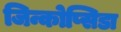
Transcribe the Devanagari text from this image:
जिन्कोप्सिडा